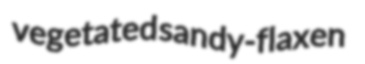
vegetated sandy-flaxen